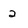
Character: 2